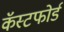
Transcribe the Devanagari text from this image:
कॅस्टफोर्ड